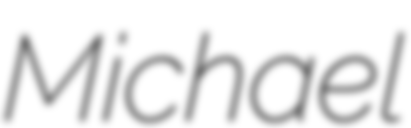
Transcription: Michael